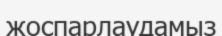
жоспарлаудамыз